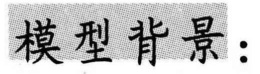
模型背景：